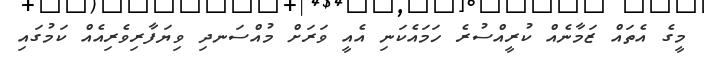
މީގެ އެތައް ޒަމާނެއް ކުރީއްސުރެ ހަމައެކަނި އެއީ ވަރަށް މުއްސަނދި ވިޔަފާރިވެރިއެއް ކަމުގައި